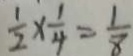
\frac { 1 } { 2 } \times \frac { 1 } { 4 } = \frac { 1 } { 8 }